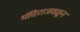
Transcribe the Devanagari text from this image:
मंदिराजवळून